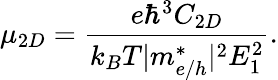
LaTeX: \mu_{2D}=\frac{e\hbar^{3}C_{2D}}{k_{B}T|m_{e/h}^{*}|^{2}E_{1}^{2}}.